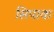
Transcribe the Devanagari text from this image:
सिपाक